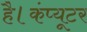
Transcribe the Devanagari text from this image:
है।कंप्यूटर